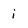
Character: i